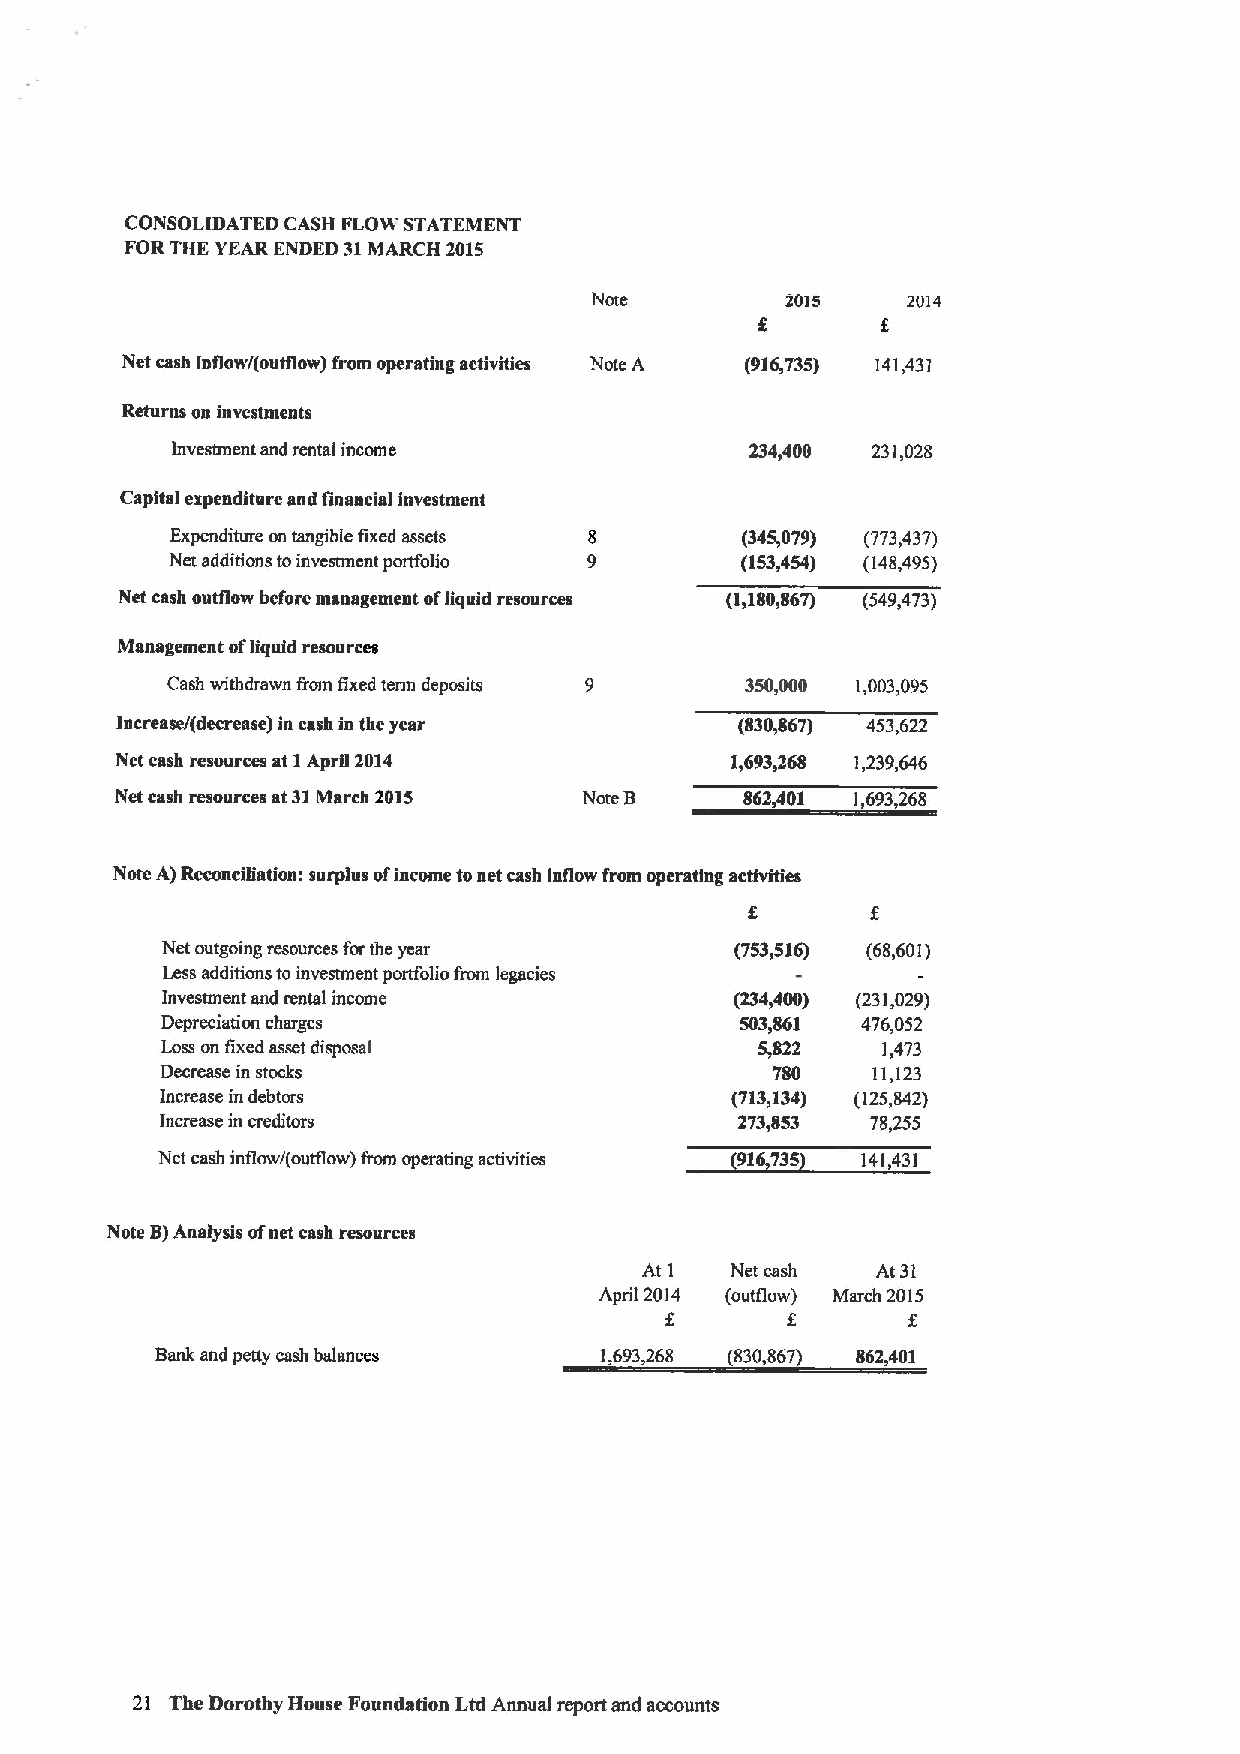
CONSOLIDATED CASH FLOW STATEMENT
 FORTHE YEAR ENDED 31MARCH 2015
 Note         2015    2014
 Net cash inflow/(outflow) from operating activities Note A (916,735) 141,431
 Returns on investments
 Investment and rental income           234,400 231,028
 Capital expenditure and financial investment
 Expenditure on tangible fixed assets  (345,079) (773,437)
 Net additions toinvestment portfolio  (153,454) (148,495)
 Net cash outflow before management ofliquid resources (1&180,867) (549,473)
 Management ofliquid resources
 Cash withdrawn from fixed term deposits 350,000 1,003,095
 Increase/(decrease) in cash in the year  (830,867) 453,622
 Net cash resources at IApril 2014       1,693,268 1,239,646
 Net cash resources at31March 2015 Note B 862,401 1,693,268
 Note A)Reconciliation: surplus ofincome tonet cash inflow from operating activities
 Net outgoing resources for the year   (753&516) (68,601)
 Less additions toinvestment portfolio from legacies
 Investment and rental income          (234&400) (231,029)
 Depreciation charges                  503&861 476,052
 Loss on fixed asset disposal           5,822   1,473
 Decrease in stocks                      780    11,123
 Increase in debtors                  (713,134) (125,842)
 Increase in creditors                 273,853  78,255
 Net cash inflow/(outflow) from operating activities (916,735) 141,431
 Note B)Analysis ofnet cash resources
 At I Net cash  At 31
 April 2014 (outflow) March 2015
 f       f       f
 Bank and petty cash balances  1,693,268 (830,867) 862,401
 21 The Dorothy House Foundation Ltd Annual report and accounts